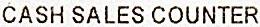
CASH SALES COUNTER